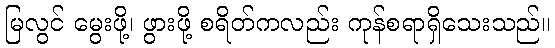
မြလွင် မွေးဖို့၊ ဖွားဖို့ စရိတ်ကလည်း ကုန်စရာရှိသေးသည်။